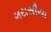
ગરાસીયા